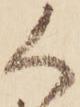
く